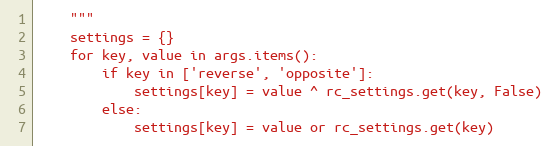
Language: Python
    """
    settings = {}
    for key, value in args.items():
        if key in ['reverse', 'opposite']:
            settings[key] = value ^ rc_settings.get(key, False)
        else:
            settings[key] = value or rc_settings.get(key)